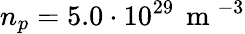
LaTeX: n_{p}=5.0\cdot 10^{29}\, \mathrm{~m~}^{-3}